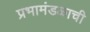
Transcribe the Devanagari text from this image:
प्रभामंडळाची